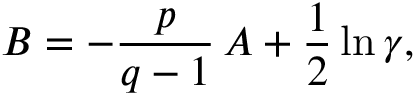
B = - \frac { p } { q - 1 } \, A + \frac 1 2 \ln \gamma ,